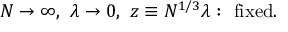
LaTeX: N \rightarrow \infty , \ \lambda \rightarrow 0 , \ z \equiv N ^ { 1 / 3 } \lambda : \ \mathrm { f i x e d } .